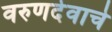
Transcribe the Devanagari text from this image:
वरुणदेवाचे